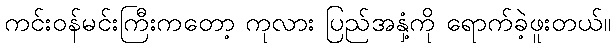
ကင်းဝန်မင်းကြီးကတော့ ကုလား ပြည်အနှံ့ကို ရောက်ခဲ့ဖူးတယ်။